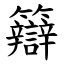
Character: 䉸